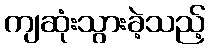
ကျဆုံးသွားခဲ့သည့်